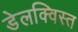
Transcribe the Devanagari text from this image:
डेलक्विस्त